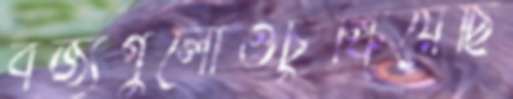
বর্জ্যগুলোওচুল্‌কিয়েছি